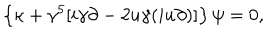
\left\{ \kappa + \gamma ^ { 5 } [ i \gamma \partial - 2 u \gamma ( i u \partial ) ] \right\} \psi = 0 ,